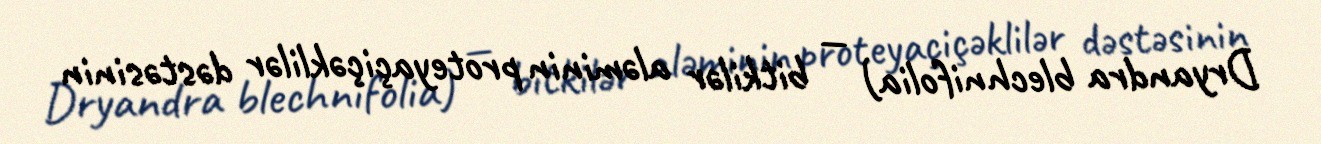
Dryandra blechnifolia) — bitkilər aləminin proteyaçiçəklilər dəstəsinin